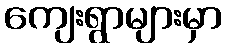
ကျေးရွာများမှာ